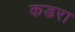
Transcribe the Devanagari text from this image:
कडरा